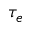
\tau _ { e }